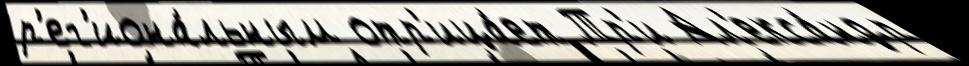
р'ег'иона́льным отр'ица́ет Тр'и Ал'екса́ндр